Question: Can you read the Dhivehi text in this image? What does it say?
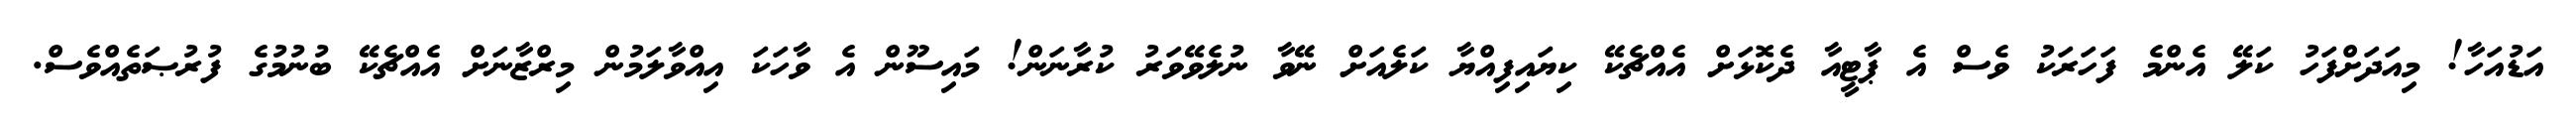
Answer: އަޑުއަހާ! މިއަދަށްފަހު ކަލޭ އެންމެ ފަހަރަކު ވެސް އެ ޕާޓީއާ ދެކޮޅަށް އެއްޗެކޭ ކިޔައިފިއްޔާ ކަލެއަށް ނޭވާ ނުލެވޭވަރު ކުރާނަން! މައިސޫން އެ ވާހަކަ އިއްވާލަމުން މިރްޒާނަށް އެއްޗެކޭ ބުނުމުގެ ފުރުޞަތެއްވެސް.